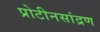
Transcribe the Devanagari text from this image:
प्रोटीनसांद्रण